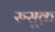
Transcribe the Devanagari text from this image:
रुसूक़